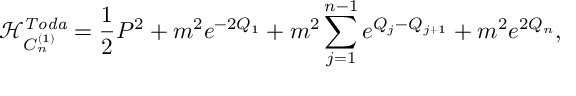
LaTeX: \mathcal { H } _ { C _ { n } ^ { ( 1 ) } } ^ { \mathit { T o d a } } = { \frac { 1 } { 2 } } P ^ { 2 } + m ^ { 2 } e ^ { - 2 Q _ { 1 } } + m ^ { 2 } \sum _ { j = 1 } ^ { n - 1 } e ^ { Q _ { j } - Q _ { j + 1 } } + m ^ { 2 } e ^ { 2 Q _ { n } } ,